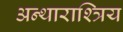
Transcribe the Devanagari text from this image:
अन्थाराश्त्रिय